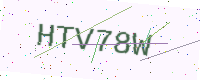
Text: HTV78W